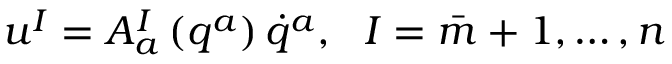
u ^ { I } = A _ { a } ^ { I } \left( q ^ { a } \right) \dot { q } ^ { a } , \ \ I = \bar { m } + 1 , \ldots , n